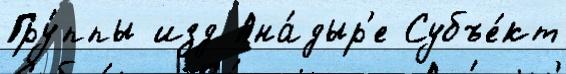
Гру́ппы изд Ана́дыр'е Субъе́кт